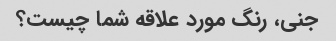
جنی، رنگ مورد علاقه شما چیست؟